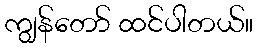
ကျွန်တော် ထင်ပါတယ်။